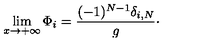
\lim _ { x \rightarrow + \infty } \Phi _ { i } = { \frac { ( - 1 ) ^ { N - 1 } \delta _ { i , N } } { g } } \cdotp